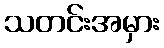
သတင်းအမှား